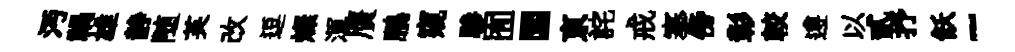
沔禍雄静随芙改逗燦渾贋鵬窺驂囿圜亰詫戒搴傍彰較遵以貳抒飫~